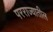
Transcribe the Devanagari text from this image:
परराज्यातील